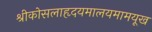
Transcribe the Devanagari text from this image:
श्रीकोसलाहृदयमालयमामयूख